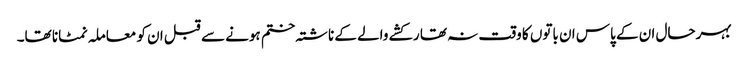
بہرحال ان کے پاس ان باتوں کا وقت نہ تھا رکشے والے کے ناشتہ ختم ہونے سے قبل ان کو معاملہ نمٹانا تھا۔